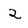
Character: 2